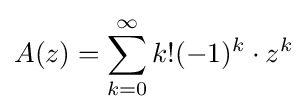
A(z)=\sum _{k=0}^{\infty }k!(-1)^{k}\cdot z^{k}